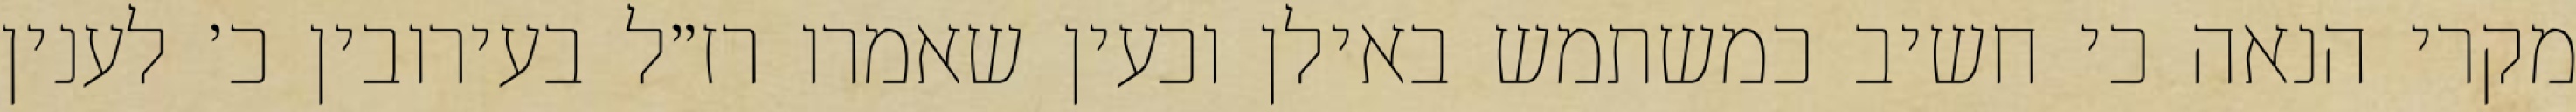
מקרי הנאה כי חשיב כמשתמש באילן וכעין שאמרו רז״ל בעירובין כ׳ לענין